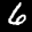
Label: 6